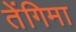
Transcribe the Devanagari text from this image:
तेंगिमा